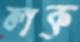
লক্